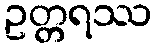
ဥတ္တရဿ